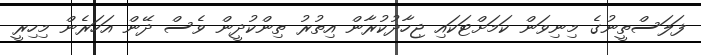
ފަލަސްތީނުގެ މިނިވަން ކަމަށްޓަކައި ޖިހާދުކުރާން އިތުރު ތިންކުދީން ވެސް ދޭން އަހަރެން މިހިރީ